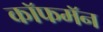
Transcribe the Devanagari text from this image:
कॉफमॅन